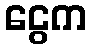
ငွေက